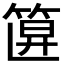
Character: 𥮞